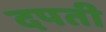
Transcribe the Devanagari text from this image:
दपती